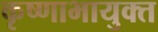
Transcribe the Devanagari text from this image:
कृष्णाभायुक्त